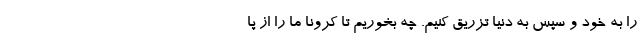
را به خود و سپس به دنیا تزریق کنیم. چه بخوریم تا کرونا ما را از پا